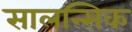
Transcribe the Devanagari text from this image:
सालन्सिक